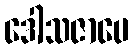
ဒေါသဇာပေ